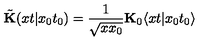
\tilde { \bf K } ( x t \vert x _ { 0 } t _ { 0 } ) = \frac { 1 } { \sqrt { x x _ { 0 } } } { \bf K } _ { 0 } \langle x t \vert x _ { 0 } t _ { 0 } \rangle